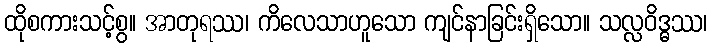
ထိုစကားသင့်စွ။ အာတုရဿ၊ ကိလေသာဟူသော ကျင်နာခြင်းရှိသော။ သလ္လဝိဒ္ဓဿ၊